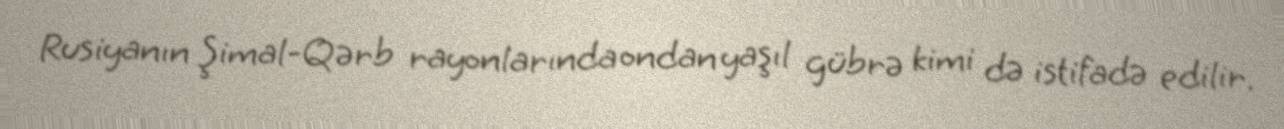
Rusiyanın Şimal-Qərb rayonlarında ondan yaşıl gübrə kimi də istifadə edilir.